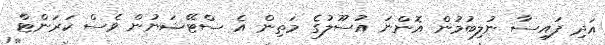
އަދި ފައިސާ ނުލިބުމުން އޮންނަ އުސޫލުގެ މަތިން އެ ސްޓޭޝަނުން ވެސް ކަރަންޓް